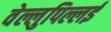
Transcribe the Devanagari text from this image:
वेल्लुपिल्लई